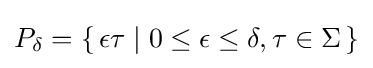
P_{\delta }=\{\,\epsilon \tau \mid 0\leq \epsilon \leq \delta ,\tau \in \Sigma \,\}